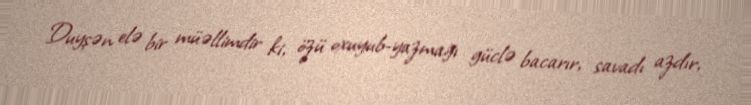
Duyşən elə bir müəllimdir ki, özü oxuyub-yazmağı güclə bacarır, savadı azdır,